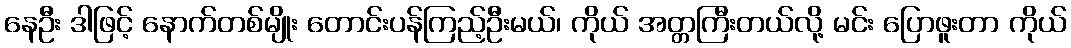
နေဦး ဒါဖြင့် နောက်တစ်မျိုး တောင်းပန်ကြည့်ဦးမယ်၊ ကိုယ် အတ္တကြီးတယ်လို့ မင်း ပြောဖူးတာ ကိုယ်